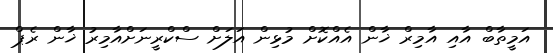
އަމީތާބް އާއި އާމިރް ޚާން އެއްކޮށް މުޅިން އަލަށް ސްކްރީނަށްއާމިރު ޚާން ރެޕް